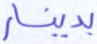
بدينار